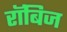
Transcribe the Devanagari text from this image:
रॉबिज